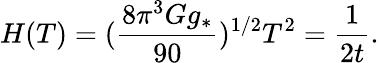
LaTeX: H(T)=({\frac{8\pi^{3}Gg_{*}}{90}})^{1/2}T^{2}={\frac{1}{2t}}.